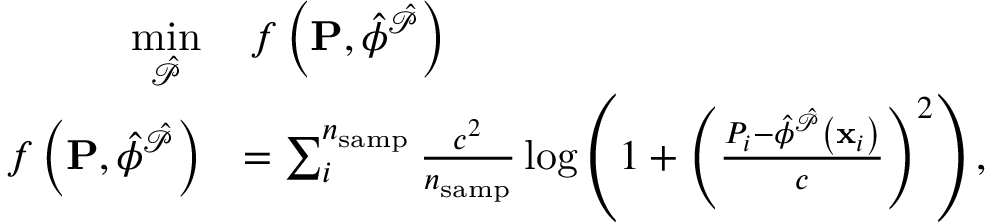
\begin{array} { r l } { \underset { \hat { \mathcal { P } } } { \mathrm { m i n } } } & { \, f \left( \mathbf { P } , \hat { \phi } ^ { \hat { \mathcal { P } } } \right) } \\ { f \left( \mathbf { P } , \hat { \phi } ^ { \hat { \mathcal { P } } } \right) } & { = \sum _ { i } ^ { n _ { \mathrm { s a m p } } } \frac { c ^ { 2 } } { n _ { \mathrm { s a m p } } } \log \left( 1 + \left( \frac { P _ { i } - \hat { \phi } ^ { \hat { \mathcal { P } } } \left( \mathbf { x } _ { i } \right) } { c } \right) ^ { 2 } \right) , } \end{array}